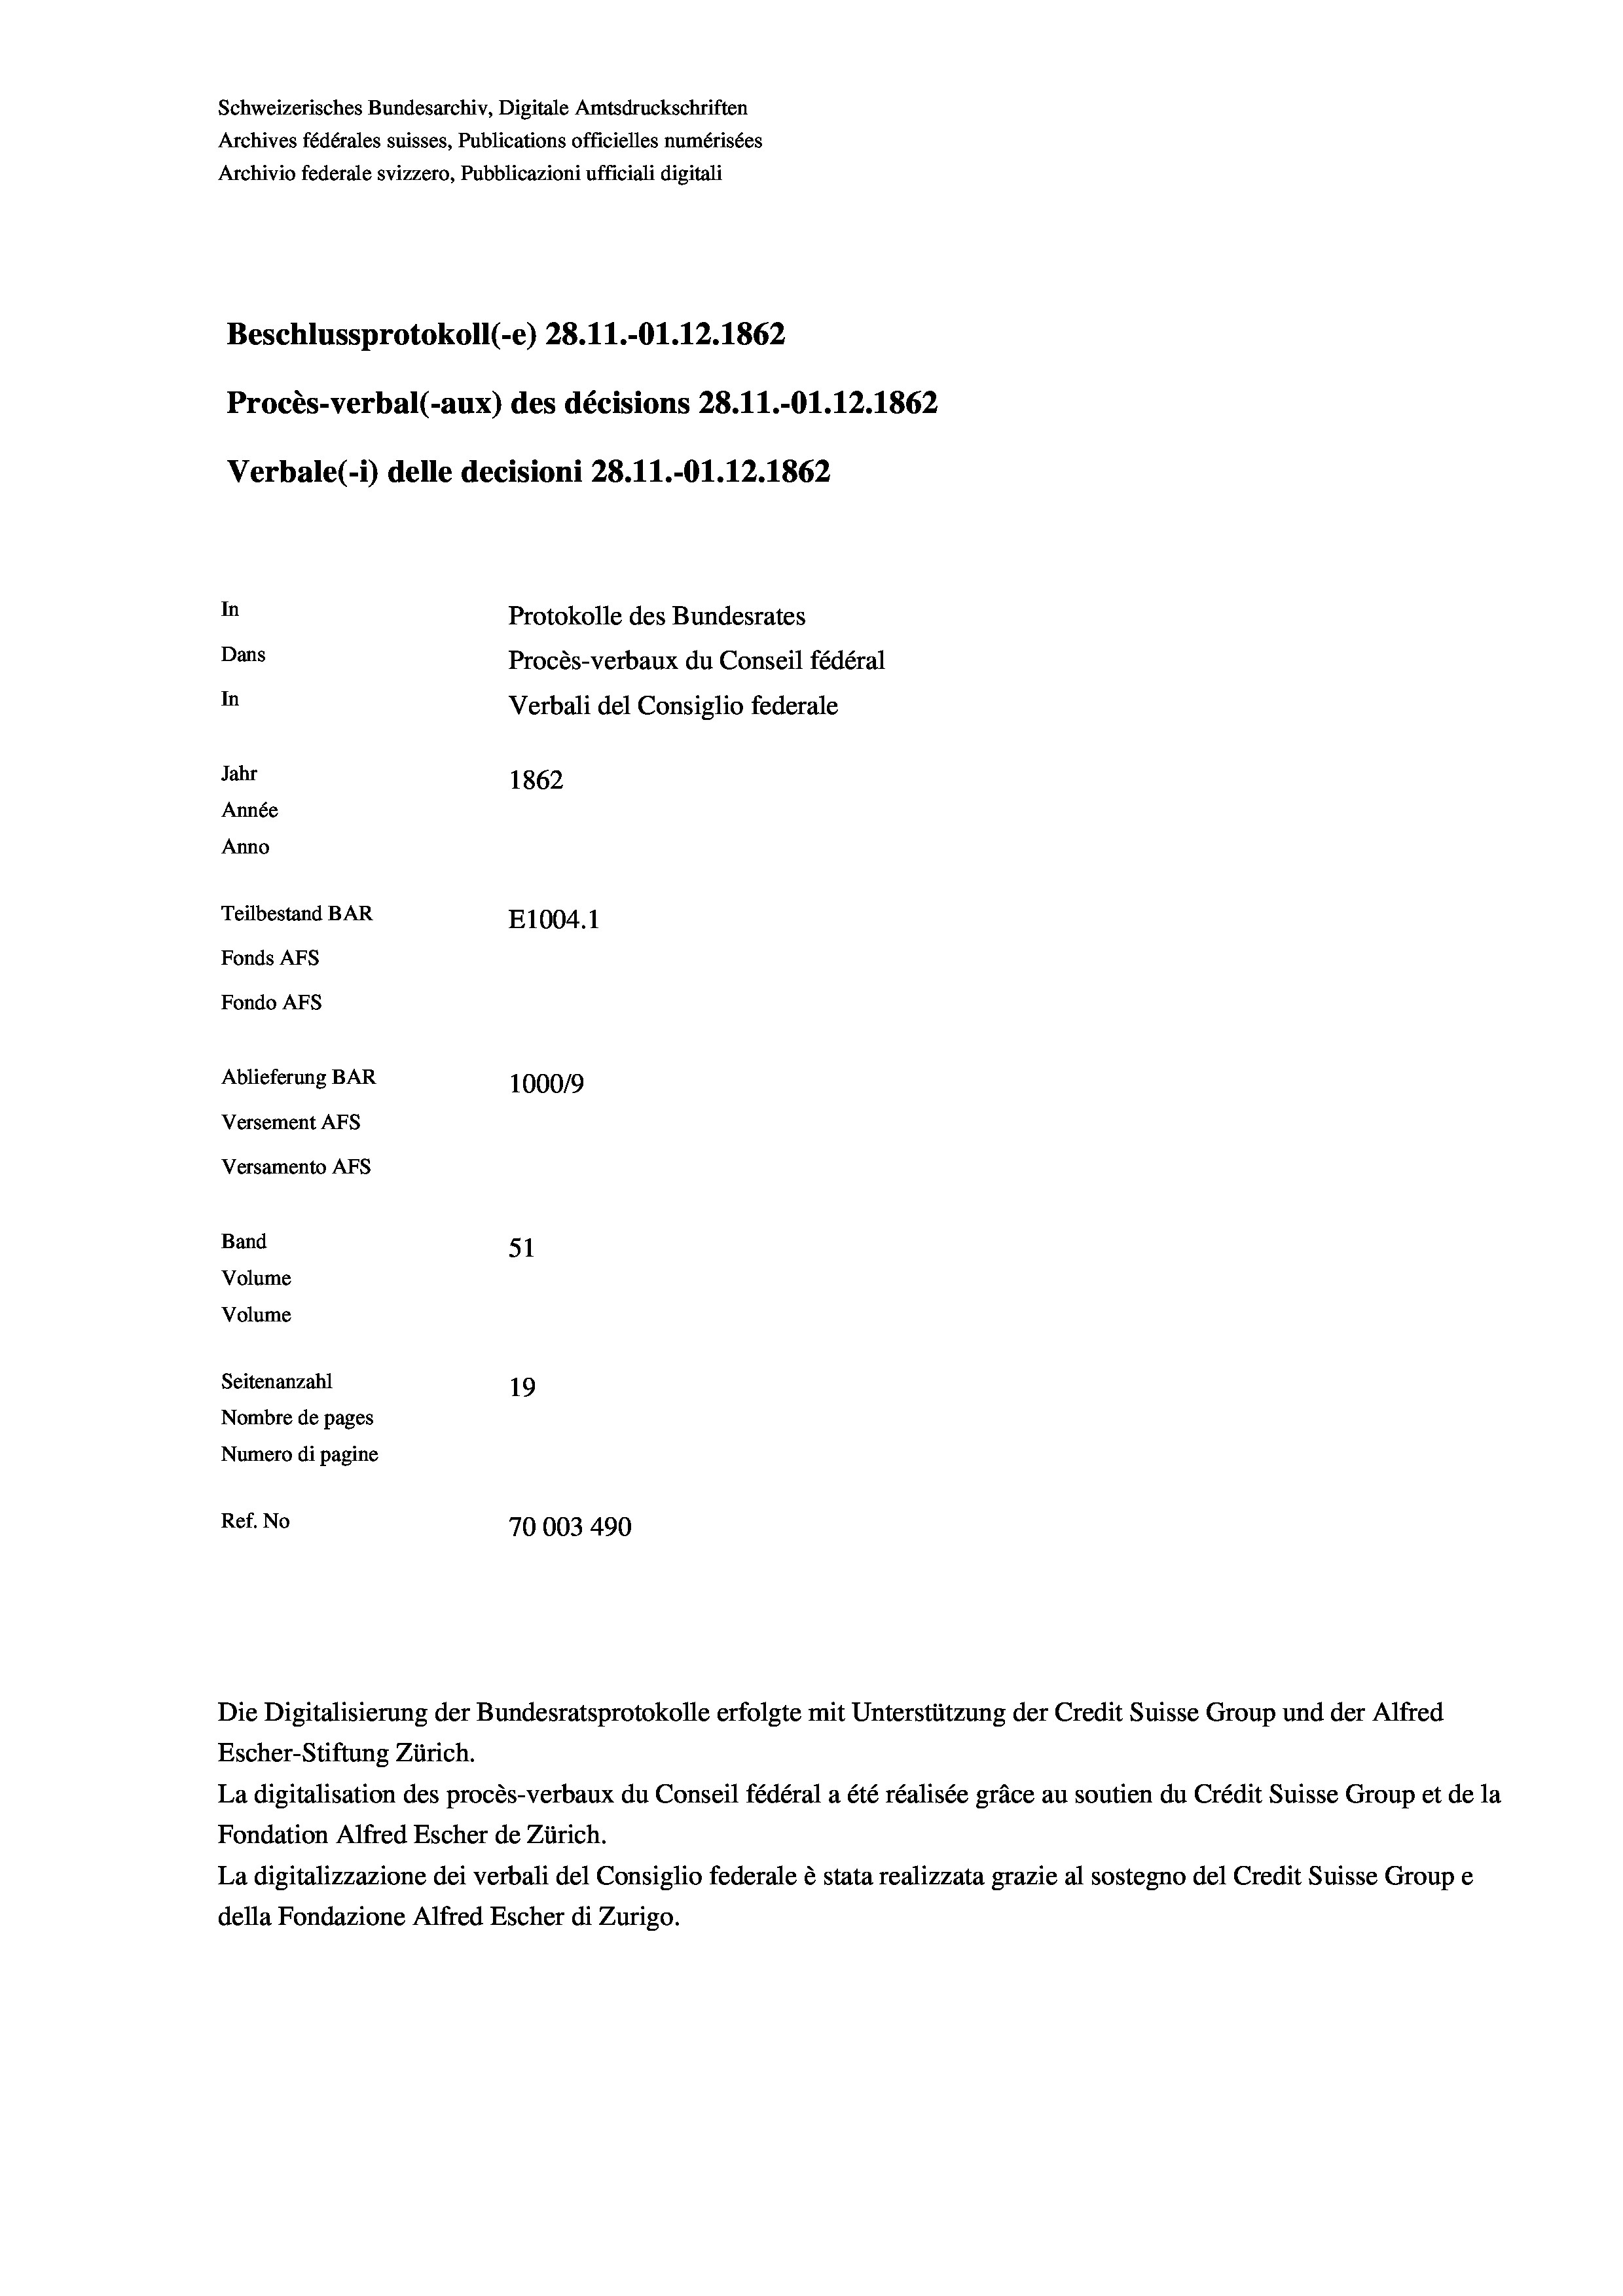
Schweizerisches Bundesarchiv, Digitale Amtsdruckschriften
Archives fédérales suisses, Publications officielles numérisées
Archivio federale svizzero, Pubblicazioni ufficiali digitali
Beschlussprotokoll (-e) 28. 11.-O1.12.1862
Procès-verbal (-aux) des décisions 28.11.-O1.12.1862
Verbale(-*) delle decisioni 28. 11.-O1.12.1862
In
Protokolle des Bundesrates
Dans
Procès-verbaux du Conseil fédéral
In
Verbali del Consiglio federale
Jahr
1862
Année
Anno
Teilbestand BAR
E1004. 1
Fonds AFs
Fondo AFs
Ablieferung BAR
100019
Versement AFs
Versamento AFs
Band
51
Volume
Volume
Seitenanzahl
19
Nombre de pages
Numero di pagine
Ref. No
70003 490

Escher-Stiftung Zürich.
La digitalisation des procès-verbaux du Conseil fédéral a été réalisée gräce au soutien du Crédit Suisse Group et de la
Fondation Alfred Escher de Zürich.
La digitalizzazione dei verbali del Consiglio federale è stata realizzata grazie al sostegno del Credit Suisse Groupe
della Fondazione Alfred Escher di Zurigo.

Die Digitalisierung der Bundesratsprotokolle erfolgte mit Unterstützung der Credit Suisse Group und der Alfred